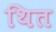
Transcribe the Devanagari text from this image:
थित